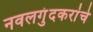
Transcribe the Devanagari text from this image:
नवलगुंदकरांचे